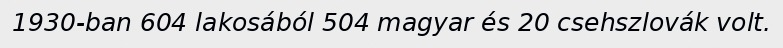
1930-ban 604 lakosából 504 magyar és 20 csehszlovák volt.